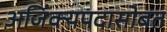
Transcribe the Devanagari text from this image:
अजिंक्यपदासोबत